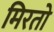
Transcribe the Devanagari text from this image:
मिरतो